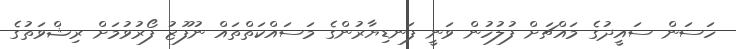
ހަސަން ސައީދުގެ މައްޗަށް ފުލުހުން ވަނީ ފަނޑިޔާރުންގެ މަސައްކަތްތައް ނުފޫޒު ފޯރުވުމަށް ރިޝްވަތުގެ